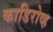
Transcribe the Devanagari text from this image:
काडिरोव्ह